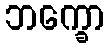
ဘက္ခော